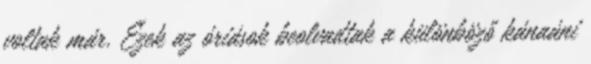
voltak már. Ezek az óriások beolvadtak a különböző kánaáni